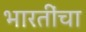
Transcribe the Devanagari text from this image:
भारतींचा